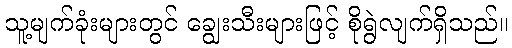
သူ့မျက်ခုံးများတွင် ချွေးသီးများဖြင့် စိုရွဲလျက်ရှိသည်။